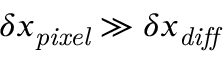
\delta x _ { \mathit { p i x e l } } \gg \delta x _ { \mathit { d i f f } }